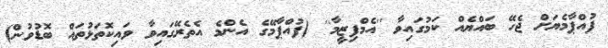
ފުއްޕާމެޔަށް ޖެހޭ ބައްޔެއް ކަމުގައިވާ ''އެމްފިޒީމާ'' (ފުއްޕާމޭގެ އެންމެ އެތެރޭގައިވާ ވައިކޮތަޅުތައް ބޮޑުވުން)